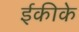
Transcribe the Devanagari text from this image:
ईकीके